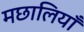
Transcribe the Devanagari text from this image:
मछालियाँ